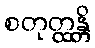
စတုတ္ထန္တိ